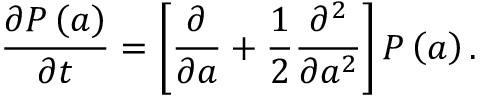
\frac { \partial P \left( a \right) } { \partial t } = \left[ \frac { \partial } { \partial a } + \frac { 1 } { 2 } \frac { \partial ^ { 2 } } { \partial a ^ { 2 } } \right] P \left( a \right) .